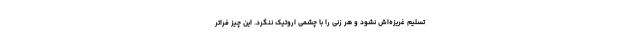
تسلیم غریزه‌اش نشود و هر زنی را با چشمی اروتیک ننگرد. این چیز فراتر